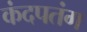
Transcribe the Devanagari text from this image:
कंदपतंग